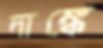
দাঙ্কে